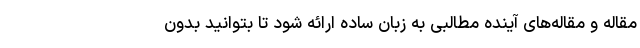
مقاله و مقاله‌های آینده مطالبی به زبان ساده ارائه شود تا بتوانید بدون